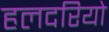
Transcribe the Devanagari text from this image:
हलदरियो